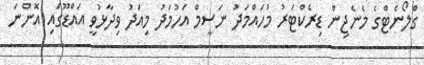
ގްލޯނެޓްގެ މެނެޖިން ޑިރެކްޓަރު މުހައްމަދު ނަސީމް އަހުމަދު މިއަދު ވިދާޅުވީ އައްޑޫގައި އޮންނަ